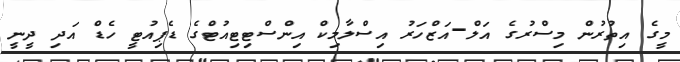
މީގެ އިތުރުން މިސްރުގެ އަލް-އަޒްހަރު އިސްލާމިކް އިންސްޓިޓިއުޓްގެ ޑެޕިއުޓީ ހެޑް އަދި ދީނީ